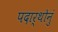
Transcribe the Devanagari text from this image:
पदार्थोनुं